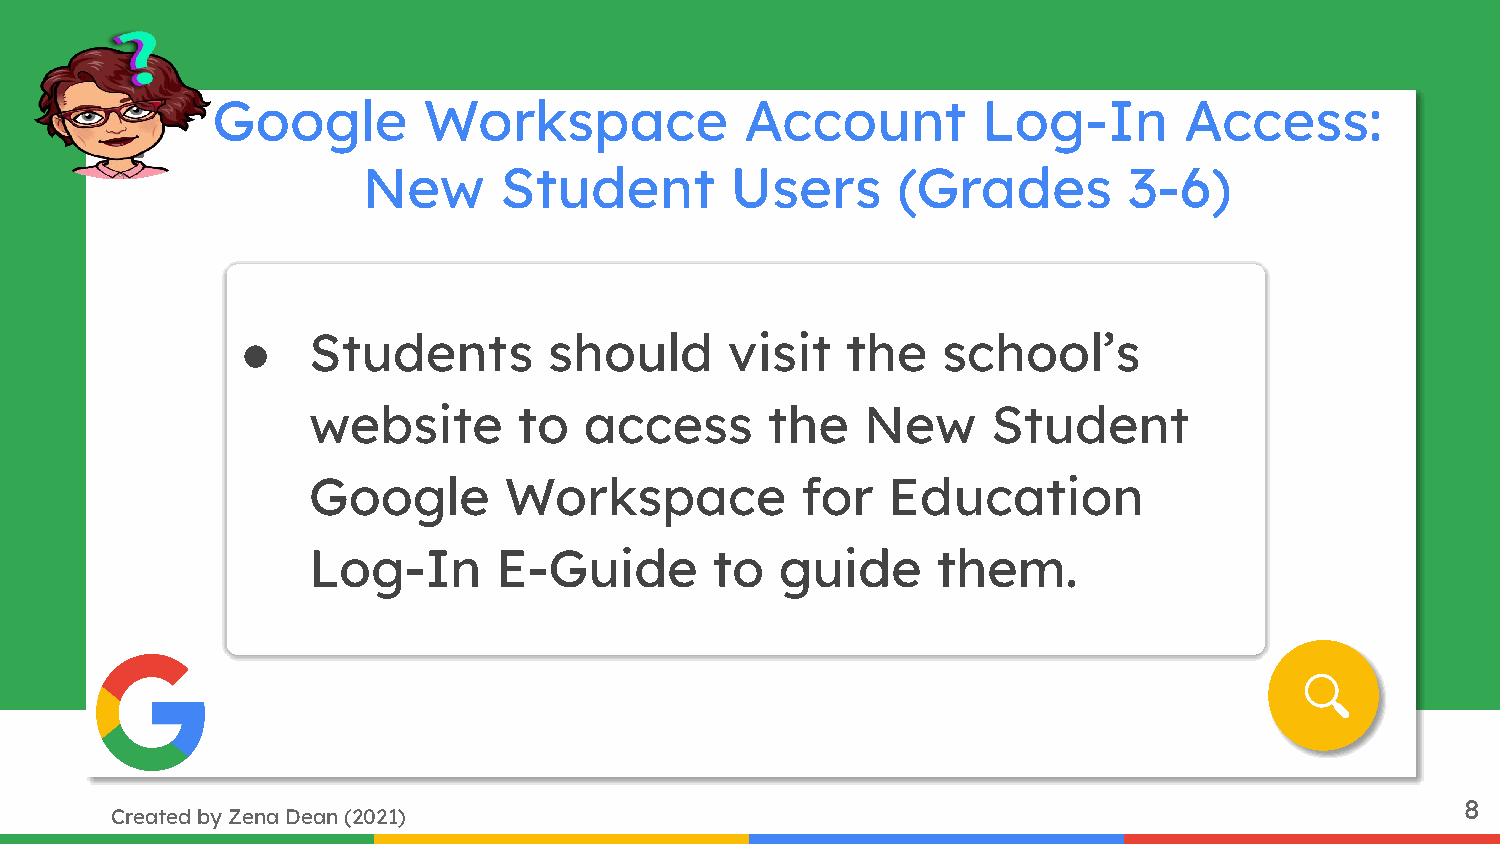
Google        Workspace            Account         Log-In       Access:
 New      Student        Users      (Grades         3-6)
 ●   Students        should      visit   the   school’s
 website       to   access      the   New      Student
 Google       Workspace           for   Education
 Log-In       E-Guide       to   guide     them.
 8
 Created by Zena Dean (2021)